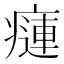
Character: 𤹨